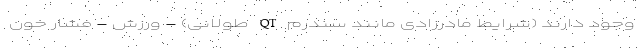
وجود دارند (شرایط مادرزادی مانند سندرم QT طولانی) - ورزش - فشار خون